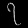
Digit: ၇